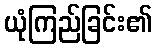
ယုံကြည်ခြင်း၏